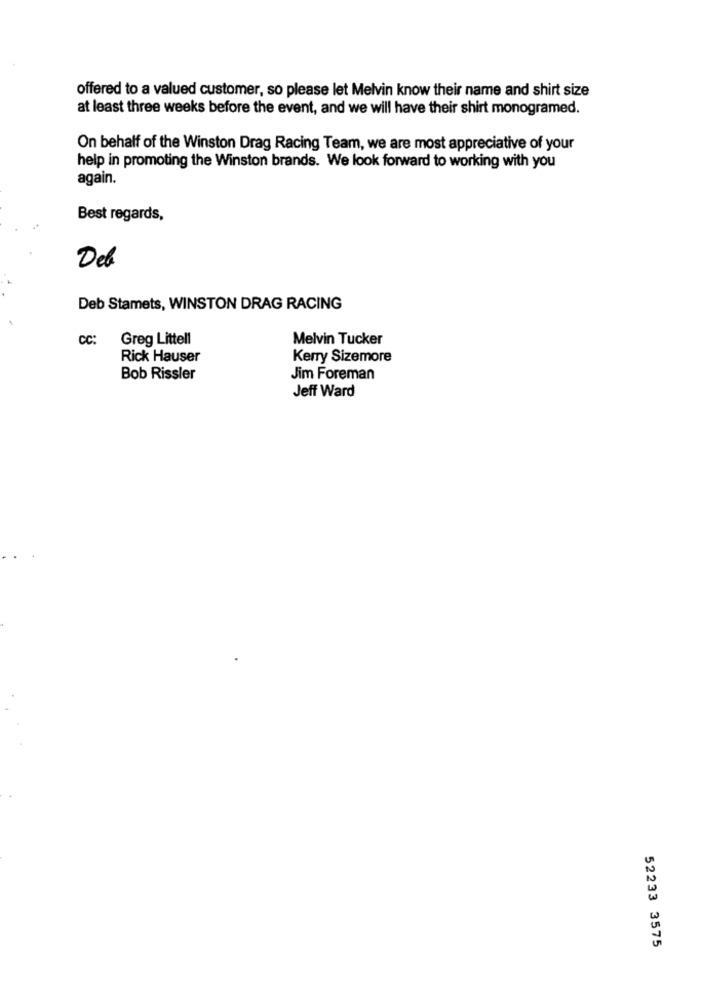
offered to a valued customer, so please let Melvin know their name and shirt size
at least three weeks before the event, and we will have their shirt monogramed.
On behalf of the Winston Drag Racing Team, we are most appreciative of your
help in promoting the Winston brands. We look forward to working with you
again.
Best regards,
Del
Deb Stamets, WINSTON DRAG RACING
CC:
Greg Littell
Melvin Tucker
Rick Hauser
Kerry Sizemore
Bob Rissler
Jim Foreman
Jeff Ward
52233 3575